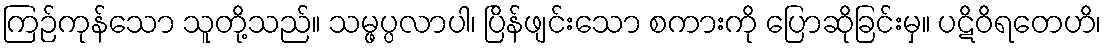
ကြဉ်ကုန်သော သူတို့သည်။ သမ္ဖပ္ပလာပါ၊ ပြိန်ဖျင်းသော စကားကို ပြောဆိုခြင်းမှ။ ပဋိဝိရတေဟိ၊